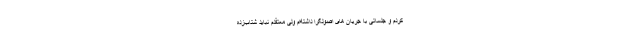
کردم و جلساتی با جریان های اصولگرا داشته‌ام ولی معتقدم نباید شتاب‌زده